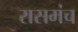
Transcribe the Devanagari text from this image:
रासमंच